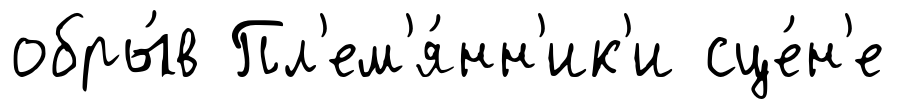
обры́в Пл'ем'я́нн'ик'и сце́н'е